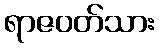
ရာဇဝတ်သား